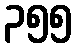
၃၅၅